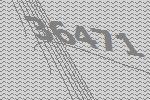
36471